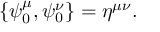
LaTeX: \{ \psi _ { 0 } ^ { \mu } , \psi _ { 0 } ^ { \nu } \} = \eta ^ { \mu \nu } .